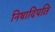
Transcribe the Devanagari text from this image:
निषादिपति